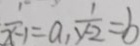
\frac { 1 } { x - 1 } = a , \frac { 1 } { y - 2 } = b